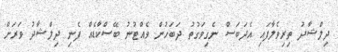
ދިލްޝާދު ތިރިވެލާފައި އެދަބަސް ނެގިވަގުތު ދަބަހުން ވެއްޓުނު ބޭސްކާޑެއް ފެނި ދިލްޝާދު ވަރަށް